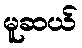
မူဆယ်